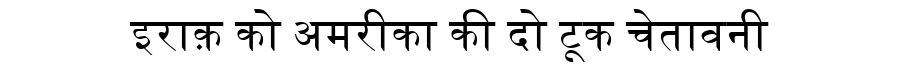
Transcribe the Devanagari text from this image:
इराक़ को अमरीका की दो टूक चेतावनी